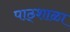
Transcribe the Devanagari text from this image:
पाठ्शाळा